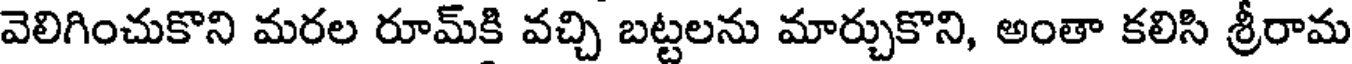
వెలిగించుకొని మరల రూమ్కి వచ్చి బట్టలను మార్చుకొని, అంతా కలిసి శ్రీరామ